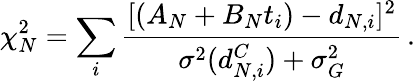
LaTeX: \chi_{N}^{2}=\sum_{i}\frac{[(A_{N}+B_{N}t_{i})-d_{N,i}]^{2}}{\sigma^{2}(d_{N,i}^{C})+\sigma_{G}^{2}}\, .